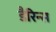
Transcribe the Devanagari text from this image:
डैरिन्स